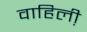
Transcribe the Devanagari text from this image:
वाहिली़